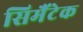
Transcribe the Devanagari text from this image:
सिमैंटेक